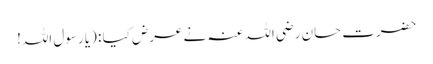
حضرت حسان رضی اللہ عنہ نے عرض کیا : (یا رسول اللہ!